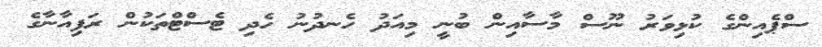
ސްޕެއިންގެ ކުޅިވަރު ނޫސް މާސާއިން ބުނީ މިއަދު ހެނދުނު ހެދި ޓެސްޓްތަކުން ރަފިއާނާގެ